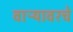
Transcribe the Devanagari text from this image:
वाऱ्यावरचे